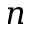
n